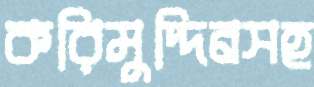
করিমুদ্দিনসহ